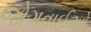
જોગવાઈઓ